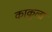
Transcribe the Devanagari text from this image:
काकूला